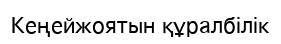
Кеңейжоятын құралбілік